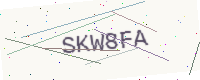
Text: SKW8FA